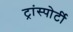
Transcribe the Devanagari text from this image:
ट्रांस्पोर्टी